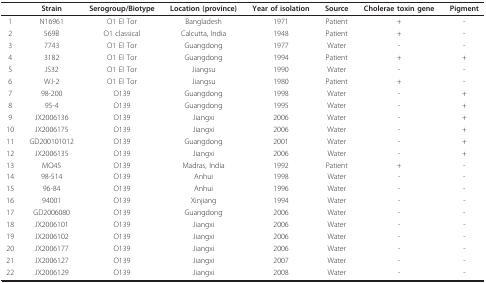
<table><thead><tr><td></td><td><b>Strain</b></td><td><b>Serogroup/Biotype</b></td><td><b>Location (province)</b></td><td><b>Year of isolation</b></td><td><b>Source</b></td><td><b>Cholerae toxin gene</b></td><td><b>Pigment</b></td></tr></thead><tbody><tr><td>1</td><td>N16961</td><td>O1 El Tor</td><td>Bangladesh</td><td>1971</td><td>Patient</td><td>+</td><td>-</td></tr><tr><td>2</td><td>569B</td><td>O1 classical</td><td>Calcutta, India</td><td>1948</td><td>Patient</td><td>+</td><td>-</td></tr><tr><td>3</td><td>7743</td><td>O1 El Tor</td><td>Guangdong</td><td>1977</td><td>Water</td><td>-</td><td>-</td></tr><tr><td>4</td><td>3182</td><td>O1 El Tor</td><td>Guangdong</td><td>1994</td><td>Patient</td><td>+</td><td>+</td></tr><tr><td>5</td><td>JS32</td><td>O1 El Tor</td><td>Jiangsu</td><td>1990</td><td>Water</td><td>-</td><td>-</td></tr><tr><td>6</td><td>WJ-2</td><td>O1 El Tor</td><td>Jiangsu</td><td>1980</td><td>Patient</td><td>+</td><td>-</td></tr><tr><td>7</td><td>98-200</td><td>O139</td><td>Guangdong</td><td>1998</td><td>Water</td><td>-</td><td>+</td></tr><tr><td>8</td><td>95-4</td><td>O139</td><td>Guangdong</td><td>1995</td><td>Water</td><td>-</td><td>+</td></tr><tr><td>9</td><td>JX2006136</td><td>O139</td><td>Jiangxi</td><td>2006</td><td>Water</td><td>-</td><td>+</td></tr><tr><td>10</td><td>JX2006175</td><td>O139</td><td>Jiangxi</td><td>2006</td><td>Water</td><td>-</td><td>+</td></tr><tr><td>11</td><td>GD200101012</td><td>O139</td><td>Guangdong</td><td>2001</td><td>Water</td><td>-</td><td>+</td></tr><tr><td>12</td><td>JX2006135</td><td>O139</td><td>Jiangxi</td><td>2006</td><td>Water</td><td>-</td><td>+</td></tr><tr><td>13</td><td>MO45</td><td>O139</td><td>Madras, India</td><td>1992</td><td>Patient</td><td>+</td><td>-</td></tr><tr><td>14</td><td>98-514</td><td>O139</td><td>Anhui</td><td>1998</td><td>Water</td><td>-</td><td>-</td></tr><tr><td>15</td><td>96-84</td><td>O139</td><td>Anhui</td><td>1996</td><td>Water</td><td>-</td><td>-</td></tr><tr><td>16</td><td>94001</td><td>O139</td><td>Xinjiang</td><td>1994</td><td>Water</td><td>-</td><td>-</td></tr><tr><td>17</td><td>GD2006080</td><td>O139</td><td>Guangdong</td><td>2006</td><td>Water</td><td>-</td><td>-</td></tr><tr><td>18</td><td>JX2006101</td><td>O139</td><td>Jiangxi</td><td>2006</td><td>Water</td><td>-</td><td>-</td></tr><tr><td>19</td><td>JX2006102</td><td>O139</td><td>Jiangxi</td><td>2006</td><td>Water</td><td>-</td><td>-</td></tr><tr><td>20</td><td>JX2006177</td><td>O139</td><td>Jiangxi</td><td>2006</td><td>Water</td><td>-</td><td>-</td></tr><tr><td>21</td><td>JX2006127</td><td>O139</td><td>Jiangxi</td><td>2007</td><td>Water</td><td>-</td><td>-</td></tr><tr><td>22</td><td>JX2006129</td><td>O139</td><td>Jiangxi</td><td>2008</td><td>Water</td><td>-</td><td>-</td></tr></tbody></table>